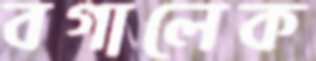
বগালেক